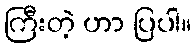
ကြီးတဲ့ ဟာ ပြပါ။